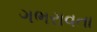
ગભરાવતા